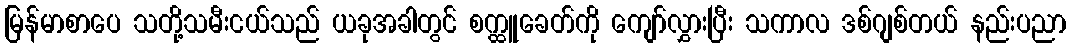
မြန်မာစာပေ သတို့သမီးငယ်သည် ယခုအခါတွင် စက္ထူခေတ်ကို ကျော်လွှားပြီး သကာလ ဒစ်ဂျစ်တယ် နည်းပညာ